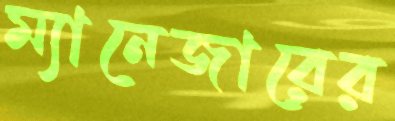
ম্যানেজারের